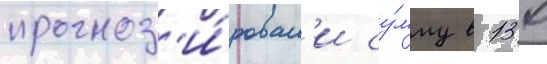
прогноз'и́ровал'и су́мму в 130